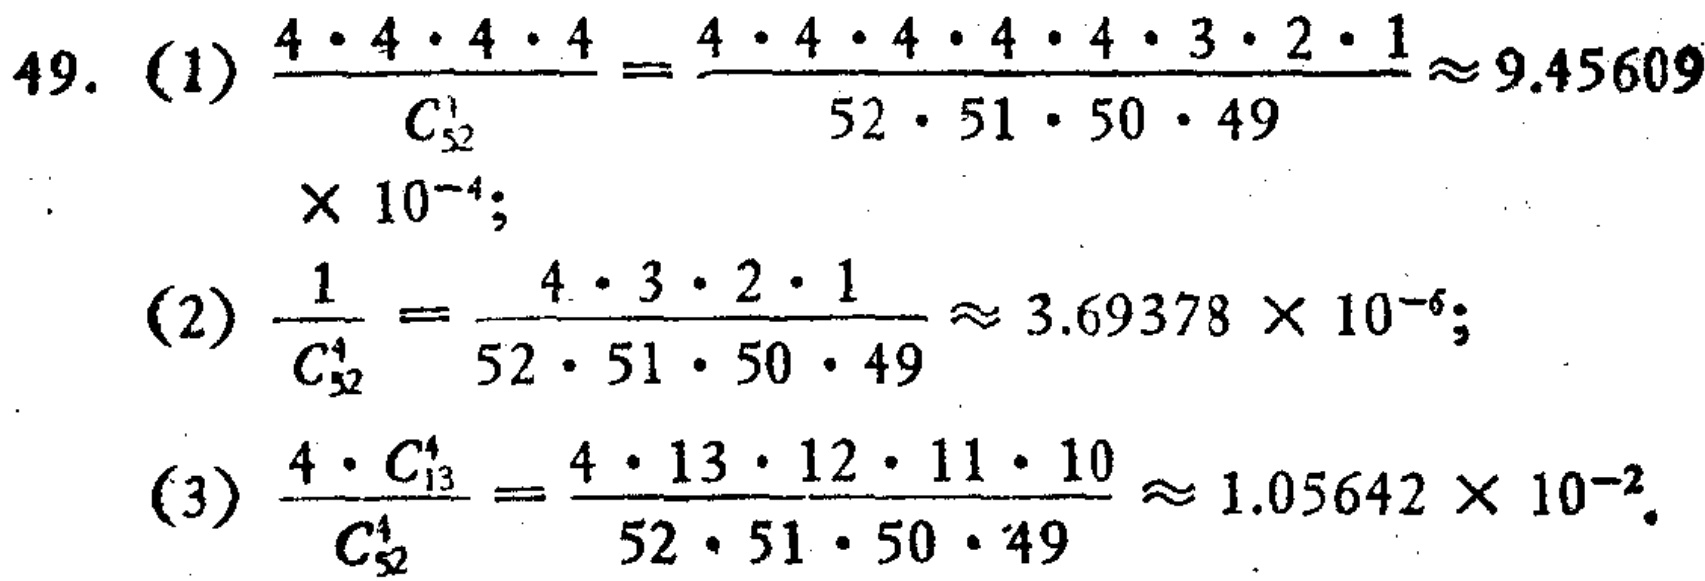
\[

\begin{align*}

49.\ (1)&\frac{4\cdot4\cdot4\cdot4}{C_{52}^1}=\frac{4\cdot4\cdot4\cdot4\cdot4\cdot3\cdot2\cdot1}{52\cdot51\cdot50\cdot49}\approx9.45609\times10^{-4};\\

(2)&\frac{1}{C_{52}^4}=\frac{4\cdot3\cdot2\cdot1}{52\cdot51\cdot50\cdot49}\approx3.69378\times10^{-6};\\

(3)&\frac{4\cdot C_{13}^4}{C_{52}^4}=\frac{4\cdot13\cdot12\cdot11\cdot10}{52\cdot51\cdot50\cdot49}\approx1.05642\times10^{-2}.

\end{align*}

\]